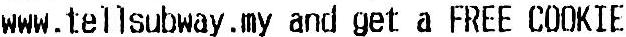
WWW.TELLSUBWAY.MY AND GET A FREE COOKIE